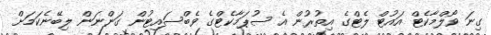
ގިނަ ވޯލްމާކެޓް އައުޓް ލެޓްގެ އިތުރުން އެ ސުޕަމާކެޓްގެ ވެބްސައިޓުން ގަންނަން ލިބޭނެކަމަށް